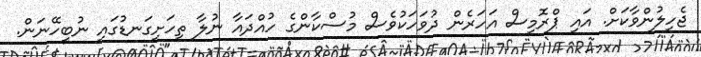
ޖެހިލުންވާކަށް. އައި ޕްރޮމިސް އަހަރެން ދުވަހަކުވެސް މުސްކާންގެ ހުއްދައާ ނުލާ ތިހަށިގަނޑުގައި ނުބީހޭނަން.